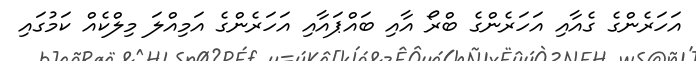
އަހަރެންގެ ގެއާއި އަހަރެންގެ ބްރޯ އާއި ބައްޕައާއި އަހަރެންގެ އަމިއްލަ މިލްކެއް ކަމުގައި